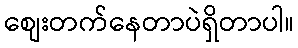
စျေးတက်နေတာပဲရှိတာပါ။